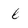
Character: l